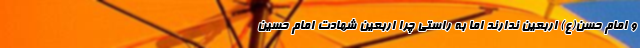
و امام حسن(ع) اربعین ندارند اما به راستی چرا اربعین شهادت امام حسین